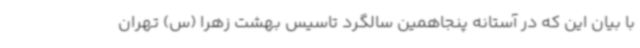
با بیان این که در آستانه پنجاهمین سالگرد تاسیس بهشت زهرا (س) تهران